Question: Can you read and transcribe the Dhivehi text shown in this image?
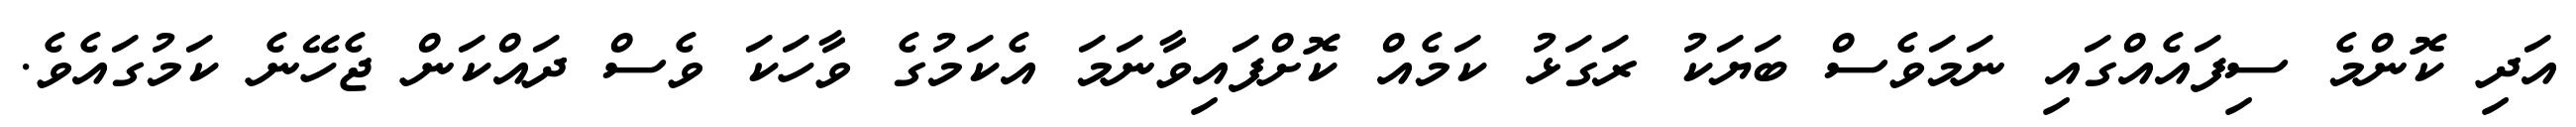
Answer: އަދި ކޮންމެ ސިފައެއްގައި ނަމަވެސް ބަޔަކު ރަގަޅު ކަމެއް ކޮށްފައިވާނަމަ އެކަމުގެ ވާހަކަ ވެސް ދައްކަން ޖެހޭނެ ކަމުގައެވެ.